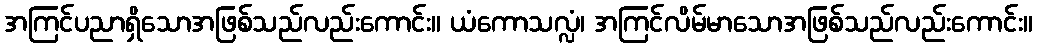
အကြင်ပညာရှိသောအဖြစ်သည်လည်းကောင်း။ ယံကောသလ္လံ၊ အကြင်လိမ်မာသောအဖြစ်သည်လည်းကောင်း။